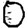
Digit: 0